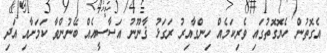
އެގޮތުން ހެޔޮގޮތުގައި ވެރިކަމެއް ހިންގާއިރު ރަގަޅު ޤާނޫނު އަސާސީއެއް ބޭނުންވާ ކަމަށާއި އަދި